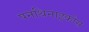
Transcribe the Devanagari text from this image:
पनथिनाइकोस